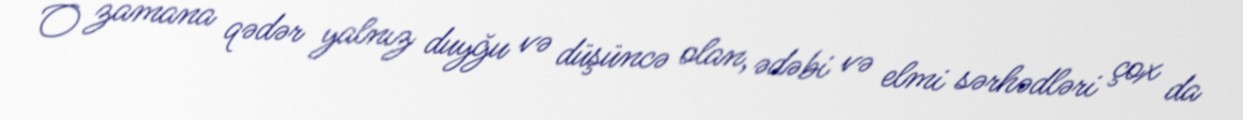
O zamana qədər yalnız duyğu və düşüncə olan, ədəbi və elmi sərhədləri çox da